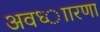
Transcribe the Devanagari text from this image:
अवध्ाारणा